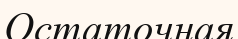
Остаточная